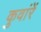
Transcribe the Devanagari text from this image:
कुवांरें